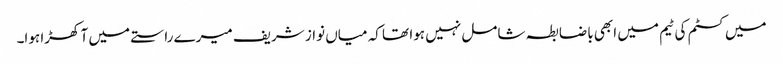
میں کسٹم کی ٹیم میں ابھی باضابطہ شامل نہیں ہوا تھا کہ میاں نواز شریف میرے راستے میں آ کھڑا ہوا۔